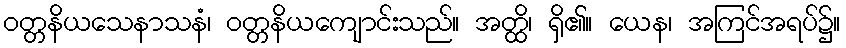
ဝတ္တနိယသေနာသနံ၊ ဝတ္တနိယကျောင်းသည်။ အတ္ထိ၊ ရှိ၏။ ယေန၊ အကြင်အရပ်၌။